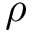
\rho